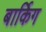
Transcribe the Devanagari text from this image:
बार्किग